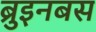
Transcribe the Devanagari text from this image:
ब्रुइनबस